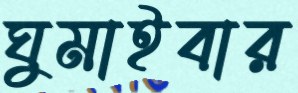
ঘুমাইবার